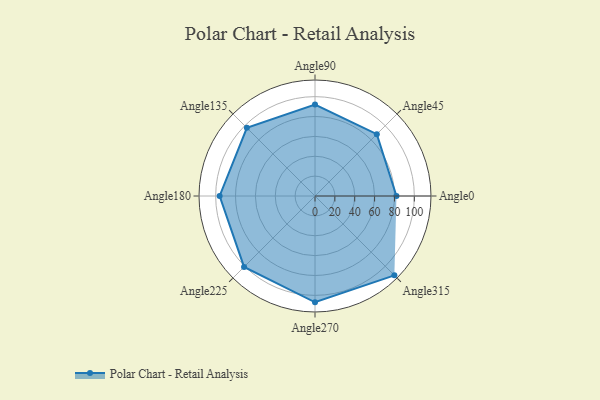
{"axis": {"x": "Angle", "y": "Radius"}, "legend": [""], "data": [{"x": "Angle0", "y": 82.0, "type": ""}, {"x": "Angle45", "y": 88.0, "type": ""}, {"x": "Angle90", "y": 92.0, "type": ""}, {"x": "Angle135", "y": 97.0, "type": ""}, {"x": "Angle180", "y": 96.0, "type": ""}, {"x": "Angle225", "y": 101.0, "type": ""}, {"x": "Angle270", "y": 107.0, "type": ""}, {"x": "Angle315", "y": 113.0, "type": ""}]}